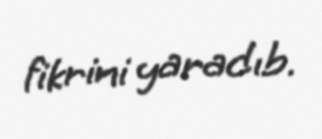
fikrini yaradıb.